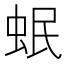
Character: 𧉬